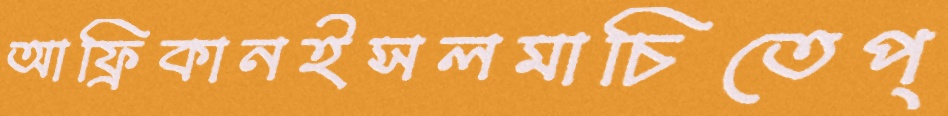
আফ্রিকানইসলমাচিতেপ্